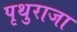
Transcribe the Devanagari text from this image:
पृथुराजा